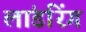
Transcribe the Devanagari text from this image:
लांडरिंग